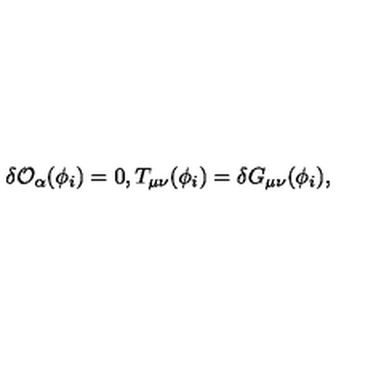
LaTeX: \delta { \cal O } _ { \alpha } ( \phi _ { i } ) = 0 , T _ { \mu \nu } ( \phi _ { i } ) = \delta G _ { \mu \nu } ( \phi _ { i } ) ,